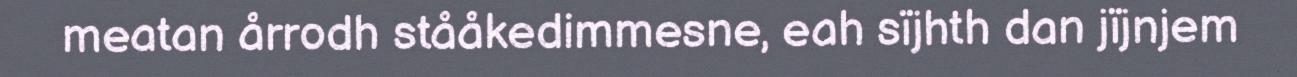
meatan årrodh stååkedimmesne, eah sïjhth dan jïjnjem